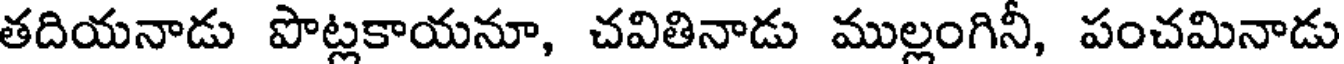
తదియనాడు పొట్లకాయనూ, చవితినాడు ముల్లంగినీ, పంచమినాడు